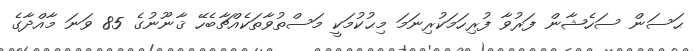
ޙަސަން ސަހެޝާން ފަރުވާ ފުރިހަމަކުރިނަމަ މިޙުކުމަކީ މަސްތުވާތަކެއްޗާބެހޭ ޤާނޫނުގެ 85 ވަނަ މާއްދާގެ